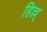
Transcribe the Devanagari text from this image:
हिल्ल्